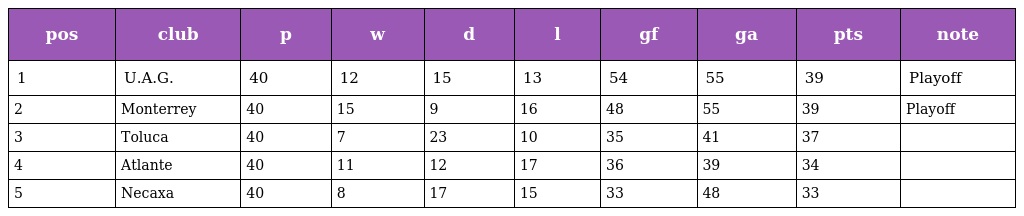
| pos | club | p | w | d | l | gf | ga | pts | note |
 | --- | --- | --- | --- | --- | --- | --- | --- | --- | --- |
 | 1 | U.A.G. | 40 | 12 | 15 | 13 | 54 | 55 | 39 | Playoff |
 | 2 | Monterrey | 40 | 15 | 9 | 16 | 48 | 55 | 39 | Playoff |
 | 3 | Toluca | 40 | 7 | 23 | 10 | 35 | 41 | 37 |  |
 | 4 | Atlante | 40 | 11 | 12 | 17 | 36 | 39 | 34 |  |
 | 5 | Necaxa | 40 | 8 | 17 | 15 | 33 | 48 | 33 |  |